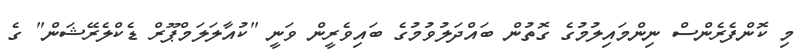
މި ކޮންފެރެންސް ނިންމައިލުމުގެ ގޮތުން ބައްދަލުވުމުގެ ބައިވެރީން ވަނީ "ކުއާލަލަމްޕޫރް ޑެކްލެރޭޝަން" ގެ